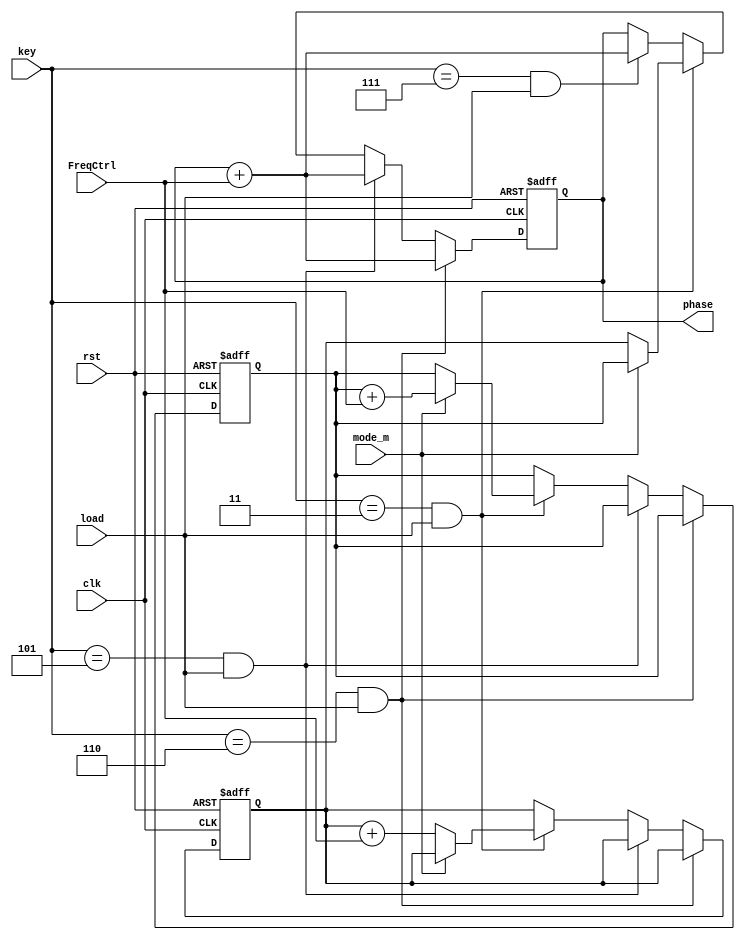
`timescale 1ns / 1ps
//////////////////////////////////////////////////////////////////////////////////
// Company: 
// Engineer: 
// 
// Design Name: 
// Module Name:    PhaseAdder 
// Project Name: 
// Target Devices: 
// Tool versions: 
// Description: 
//
// Dependencies: 
//
// Revision: 
// Revision 0.01 - File Created
// Additional Comments: 
//
//////////////////////////////////////////////////////////////////////////////////
module PhaseAdder  (
  input mode_m,
  input clk,
  input rst,
  input [1:0]FreqCtrl, //
  input [2:0] key,
  output [11:0]phase,
  input load
);
reg [11:0]phase_reg;
reg [11:0]phase_reg1;
reg [11:0]phase_reg2;

assign 
phase = phase_reg;

always@(negedge rst or posedge clk)
  begin
   if(rst==0) 
	 begin
    phase_reg <= 12'd0;
	 phase_reg2 <= 12'd0;
	 phase_reg1 <= 12'd2047;
	 end
	else
	begin
	 if(key==3'b110&&load==1)
    phase_reg <= phase_reg + FreqCtrl; //
	 
	 else if (key==3'b101&&load==1)
	 phase_reg <= phase_reg + FreqCtrl; //
	 
	 else if(key==3'b011&&load==1)     //
	 begin
	 if(mode_m==1)
	 begin
	 phase_reg1 <= phase_reg1 + FreqCtrl;
	 phase_reg <=phase_reg1;
	 end
	 else if(mode_m==0)
	 begin
	 phase_reg2 <= phase_reg2 + FreqCtrl;
	 phase_reg <= phase_reg2;
	 end
	 end
	 
	 else if(key==3'b111&&load==1)     
      phase_reg <= phase_reg + FreqCtrl;
   end
  end
 
/*always@(mode_m)
     if(mode_m==1)
	    phase_reg <= 12'd0;
	  else if(mode_m==0)
	    phase_reg <= 12'd2047;
*/
endmodule